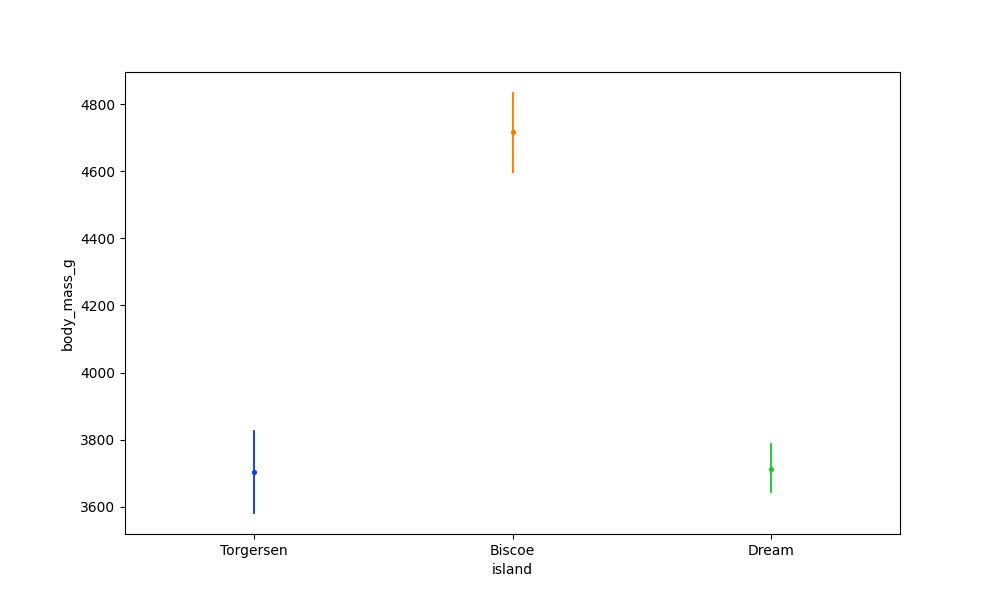
python, seaborn, pointplot, scale=0.5, join=True, hue='None', palette='bright'